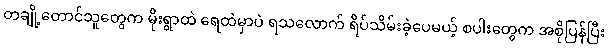
တချို့တောင်သူတွေက မိုးရွာထဲ ရေထဲမှာပဲ ရသလောက် ရိပ်သိမ်းခဲ့ပေမယ့် စပါးတွေက အစိုပြန်ပြီး